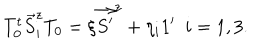
T _ { 0 } ^ { t } \vec { S } _ { i } ^ { z } T _ { 0 } = \xi \vec { S ^ { \prime } } ^ { z } + \eta _ { i } 1 ^ { \prime } \ \ i = 1 , 3 .